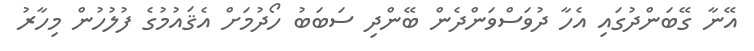
އޭނާ ގޭބަންދުގައި އެހާ ދުވަސްވަންދެން ބޭންދި ސަބަބު ހޯދުމަށް އެޤައުމުގެ ފުލުހުން މިހާރު